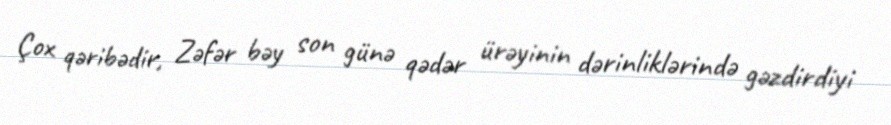
Çox qəribədir, Zəfər bəy son günə qədər ürəyinin dərinliklərində gəzdirdiyi